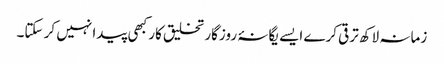
زمانہ لاکھ ترقی کرے ایسے یگانۂ روزگار تخلیق کار کبھی پیدا نہیں کر سکتا۔